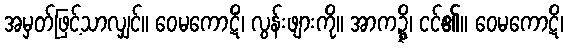
အမှတ်ဖြင့်သာလျှင်။ ဝေမကောဋိံ၊ လွန်းဖျားကို။ အာကဍ္ဍ္ဎိ၊ ငင်၏။ ဝေမကောဋိ၊